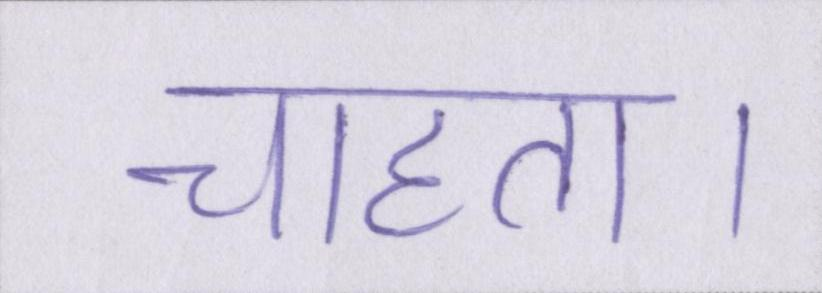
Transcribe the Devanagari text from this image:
चाहता।